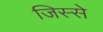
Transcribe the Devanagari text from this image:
जिस्‍से